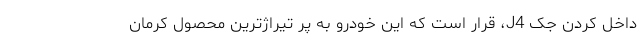
داخل کردن جک J4، قرار است که این خودرو به پر تیراژترین محصول کرمان